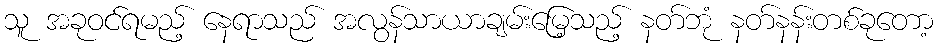
သူ အခုဝင်ရမည့် နေရာသည် အလွန်သာယာချမ်းမြေ့သည့် နတ်ဘုံ နတ်နန်းတစ်ခုတော့